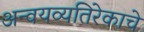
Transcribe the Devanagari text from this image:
अन्वयव्यतिरेकाचे